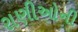
રાણીઓની